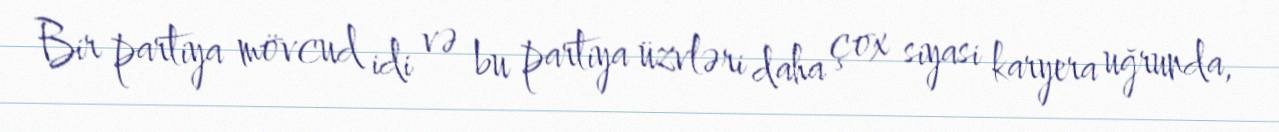
Bir partiya mövcud idi və bu partiya üzvləri daha çox siyasi karyera uğrunda,